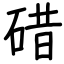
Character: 碏